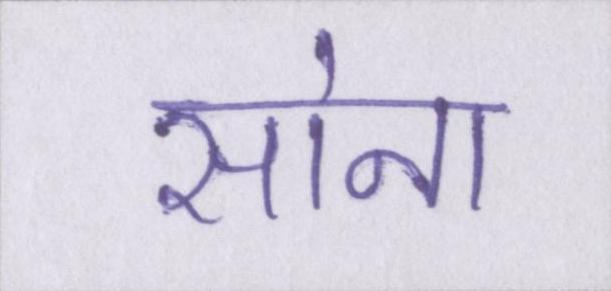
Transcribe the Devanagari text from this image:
सोना